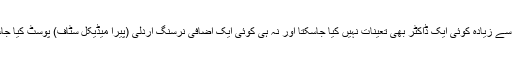
اس تعداد سے زیادہ کوئی ایک ڈاکٹر بھی تعینات نہیں کیا جاسکتا اور نہ ہی کوئی ایک اضافی نرسنگ اردلی (پیرا میڈیکل سٹاف) پوسٹ کیا جاسکتا ہے۔